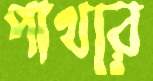
পাথরে